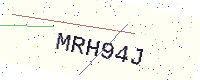
Text: MRH94J